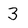
Character: 3